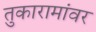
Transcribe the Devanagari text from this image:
तुकारामांवर